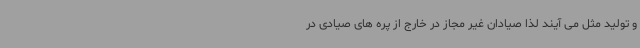
و تولید مثل می آیند لذا صیادان غیر مجاز در خارج از پره های صیادی در